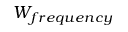
W _ { f r e q u e n c y }